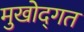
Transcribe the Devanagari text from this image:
मुखोद्गत